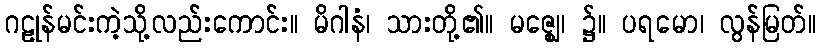
ဂဠုန်မင်းကဲ့သို့လည်းကောင်း။ မိဂါနံ၊ သားတို့၏။ မဇ္ဈေ၊ ၌။ ပရမော၊ လွန်မြတ်။